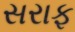
સરાફ